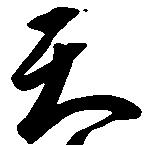
天